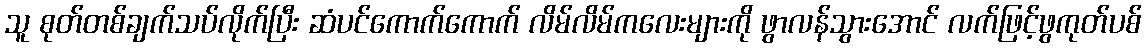
သူ စုတ်တစ်ချက်သပ်လိုက်ပြီး ဆံပင်ကောက်ကောက် လိမ်လိမ်ကလေးများကို ဖွာလန်သွားအောင် လက်ဖြင့်ဖွကုတ်ပစ်